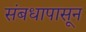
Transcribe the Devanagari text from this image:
संबधापासून